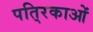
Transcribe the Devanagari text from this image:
पति्रकाओं